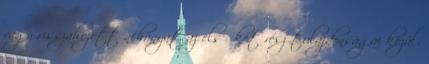
vagy visszahozott néhányat az első két rész tulajdonságai közül.